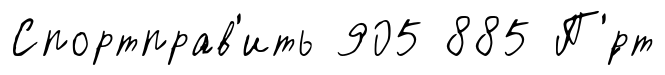
Спортправ'ить 905 885 П'́рт